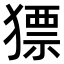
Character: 𤡑